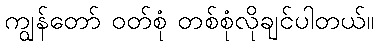
ကျွန်တော် ဝတ်စုံ တစ်စုံလိုချင်ပါတယ်။